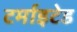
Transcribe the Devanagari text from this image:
टर्माइटेड